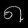
Digit: ၈